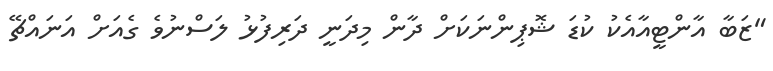
"ޒަބާ އާންޓީއާއެކު ކުޑަ ޝޮޕިންނަކަށް ދާން މިދަނީ ދަރިފުޅު ލަސްނުވެ ގެއަށް އަނައްޗޭ